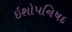
ઇશોપનિષદ